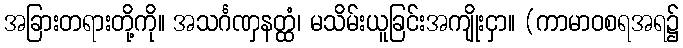
အခြားတရားတို့ကို။ အသင်္ဂဏှနတ္ထံ၊ မသိမ်းယူခြင်းအကျိုးငှာ။ (ကာမာဝစရအရ၌